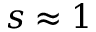
s \approx 1